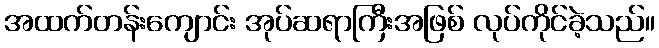
အထက်တန်းကျောင်း အုပ်ဆရာကြီးအဖြစ် လုပ်ကိုင်ခဲ့သည်။